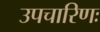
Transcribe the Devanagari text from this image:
उपचारिणः